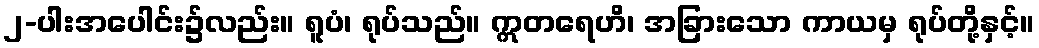
၂-ပါးအပေါင်း၌လည်း။ ရူပံ၊ ရုပ်သည်။ ဣတရေဟိ၊ အခြားသော ကာယမှ ရုပ်တို့နှင့်။